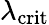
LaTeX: \lambda_{\mathrm{crit}}